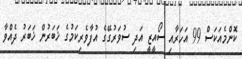
ކޮންމެއަކަސް 99 އަހަރާއި ސޯއީޒީ އަދި ސުވަރުގޭގެ އުފާވެރިކަމުގެ ޚަބަރުން ޚަބަރު ދެއްވާ